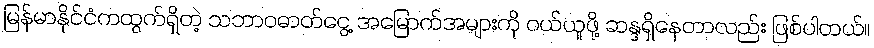
မြန်မာနိုင်ငံကထွက်ရှိတဲ့ သဘာဝဓာတ်ငွေ့ အမြောက်အများကို ဝယ်ယူဖို့ ဆန္ဒရှိနေတာလည်း ဖြစ်ပါတယ်။